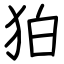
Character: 狛